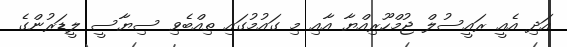
އަދި އެއީ ރައީސުލް ޖުމްހޫރިއްޔާ އާއި މި ގައުމުގައި ތިއްބެވި ސިޔާސީ ލީޑަރުންގެ